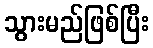
သွားမည်ဖြစ်ပြီး